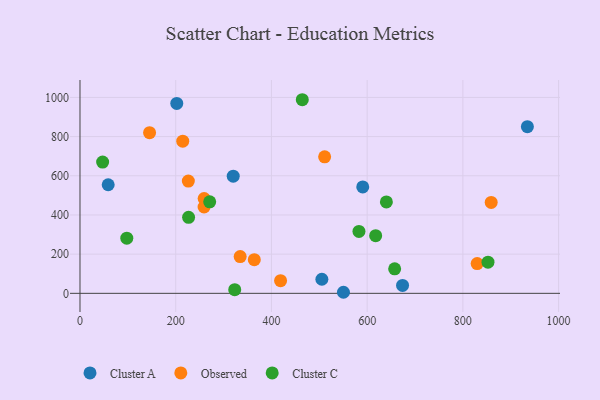
{"axis": {"x": "Experience", "y": "Exam Score"}, "legend": ["Cluster A", "Cluster C", "Observed"], "data": [{"x": "934.8", "y": 850.7, "type": "Cluster A"}, {"x": "674.0", "y": 40.3, "type": "Cluster A"}, {"x": "550.5", "y": 5.4, "type": "Cluster A"}, {"x": "58.9", "y": 554.1, "type": "Cluster A"}, {"x": "202.2", "y": 969.1, "type": "Cluster A"}, {"x": "505.4", "y": 71.9, "type": "Cluster A"}, {"x": "320.2", "y": 598.1, "type": "Cluster A"}, {"x": "590.8", "y": 543.0, "type": "Cluster A"}, {"x": "364.2", "y": 171.6, "type": "Observed"}, {"x": "419.1", "y": 64.5, "type": "Observed"}, {"x": "259.4", "y": 484.0, "type": "Observed"}, {"x": "859.2", "y": 464.2, "type": "Observed"}, {"x": "214.7", "y": 776.4, "type": "Observed"}, {"x": "226.4", "y": 572.9, "type": "Observed"}, {"x": "259.3", "y": 440.7, "type": "Observed"}, {"x": "829.9", "y": 152.0, "type": "Observed"}, {"x": "334.7", "y": 187.6, "type": "Observed"}, {"x": "511.2", "y": 696.7, "type": "Observed"}, {"x": "145.4", "y": 820.1, "type": "Observed"}, {"x": "97.8", "y": 281.6, "type": "Cluster C"}, {"x": "640.2", "y": 466.4, "type": "Cluster C"}, {"x": "657.5", "y": 125.2, "type": "Cluster C"}, {"x": "582.9", "y": 316.0, "type": "Cluster C"}, {"x": "47.3", "y": 670.2, "type": "Cluster C"}, {"x": "464.5", "y": 988.2, "type": "Cluster C"}, {"x": "271.0", "y": 467.0, "type": "Cluster C"}, {"x": "226.9", "y": 388.0, "type": "Cluster C"}, {"x": "617.8", "y": 294.5, "type": "Cluster C"}, {"x": "323.3", "y": 18.5, "type": "Cluster C"}, {"x": "852.5", "y": 158.8, "type": "Cluster C"}]}